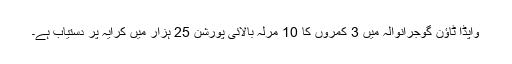
واپڈا ٹاؤن گوجرانوالہ میں 3 کمروں کا 10 مرلہ بالائی پورشن 25 ہزار میں کرایہ پر دستیاب ہے۔